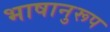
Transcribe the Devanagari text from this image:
भाषानुरूप